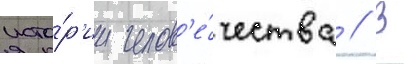
исто́р'ии челов'е́чества // В